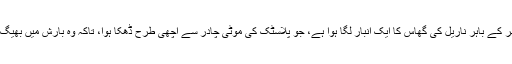
ان کے گھر کے باہر ناریل کی گھاس کا ایک انبار لگا ہوا ہے، جو پلاسٹک کی موٹی چادر سے اچھی طرح ڈھکا ہوا، تاکہ وہ بارش میں بھیگ نہ جائے۔